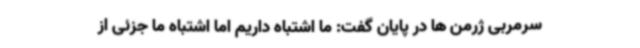
سرمربی ژرمن ها در پایان گفت: ما اشتباه داریم اما اشتباه ما جزئی از